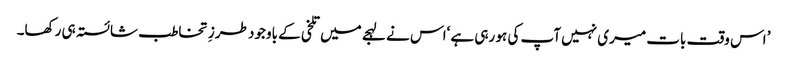
’ اس وقت بات میری نہیں آپ کی ہو رہی ہے ‘اس نے لہجے میں تلخی کے باوجود طرزِ تخاطب شائستہ ہی رکھا۔